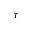
\tau